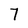
Character: 7